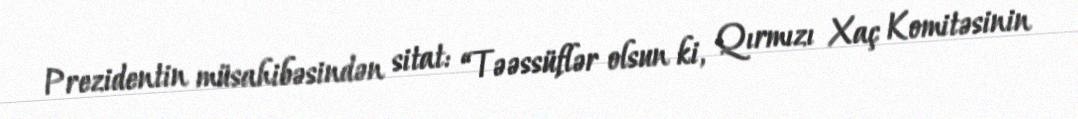
Prezidentin müsahibəsindən sitat: “Təəssüflər olsun ki, Qırmızı Xaç Komitəsinin